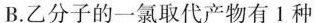
B.乙分子的一氯取代产物有1种